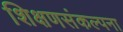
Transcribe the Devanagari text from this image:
शिक्षणसंकल्पना